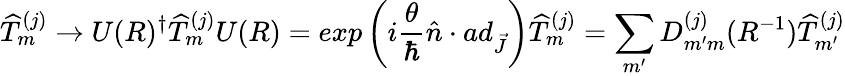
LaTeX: {\widehat{T}}_{m}^{(j)}\rightarrow U(R)^{\dagger}{\widehat{T}}_{m}^{(j)}U(R)=exp\left({i{\frac{\theta}{\hbar}}{\hat{n}}\cdot ad_{\vec{J}}}\right){\widehat{T}}_{m}^{(j)}=\sum_{m^{\prime}}D_{m^{\prime}m}^{(j)}(R^{-1}){\widehat{T}}_{m^{\prime}}^{(j)}